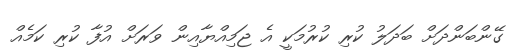
ގޭންބަންދަށް ބަދަލު ކުރި ކުރުމަކީ އެ ޖަމިއްޔާއިން ވަރަށް އުފާ ކުރި ކަމެއް